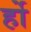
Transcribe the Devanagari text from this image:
र्हो